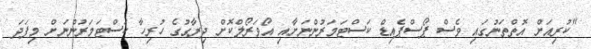
"ކުރިއަށް އޮތްތަނުގައި ވެސް ޕޯސްޕެއިޑް ކަސްޓަމަރުންނަށާއި އޯވަރޯލްކޮށް ދިރާގުގެ ހުރިހާ ކަސްޓަމަރުންނަށް މިފަދަ